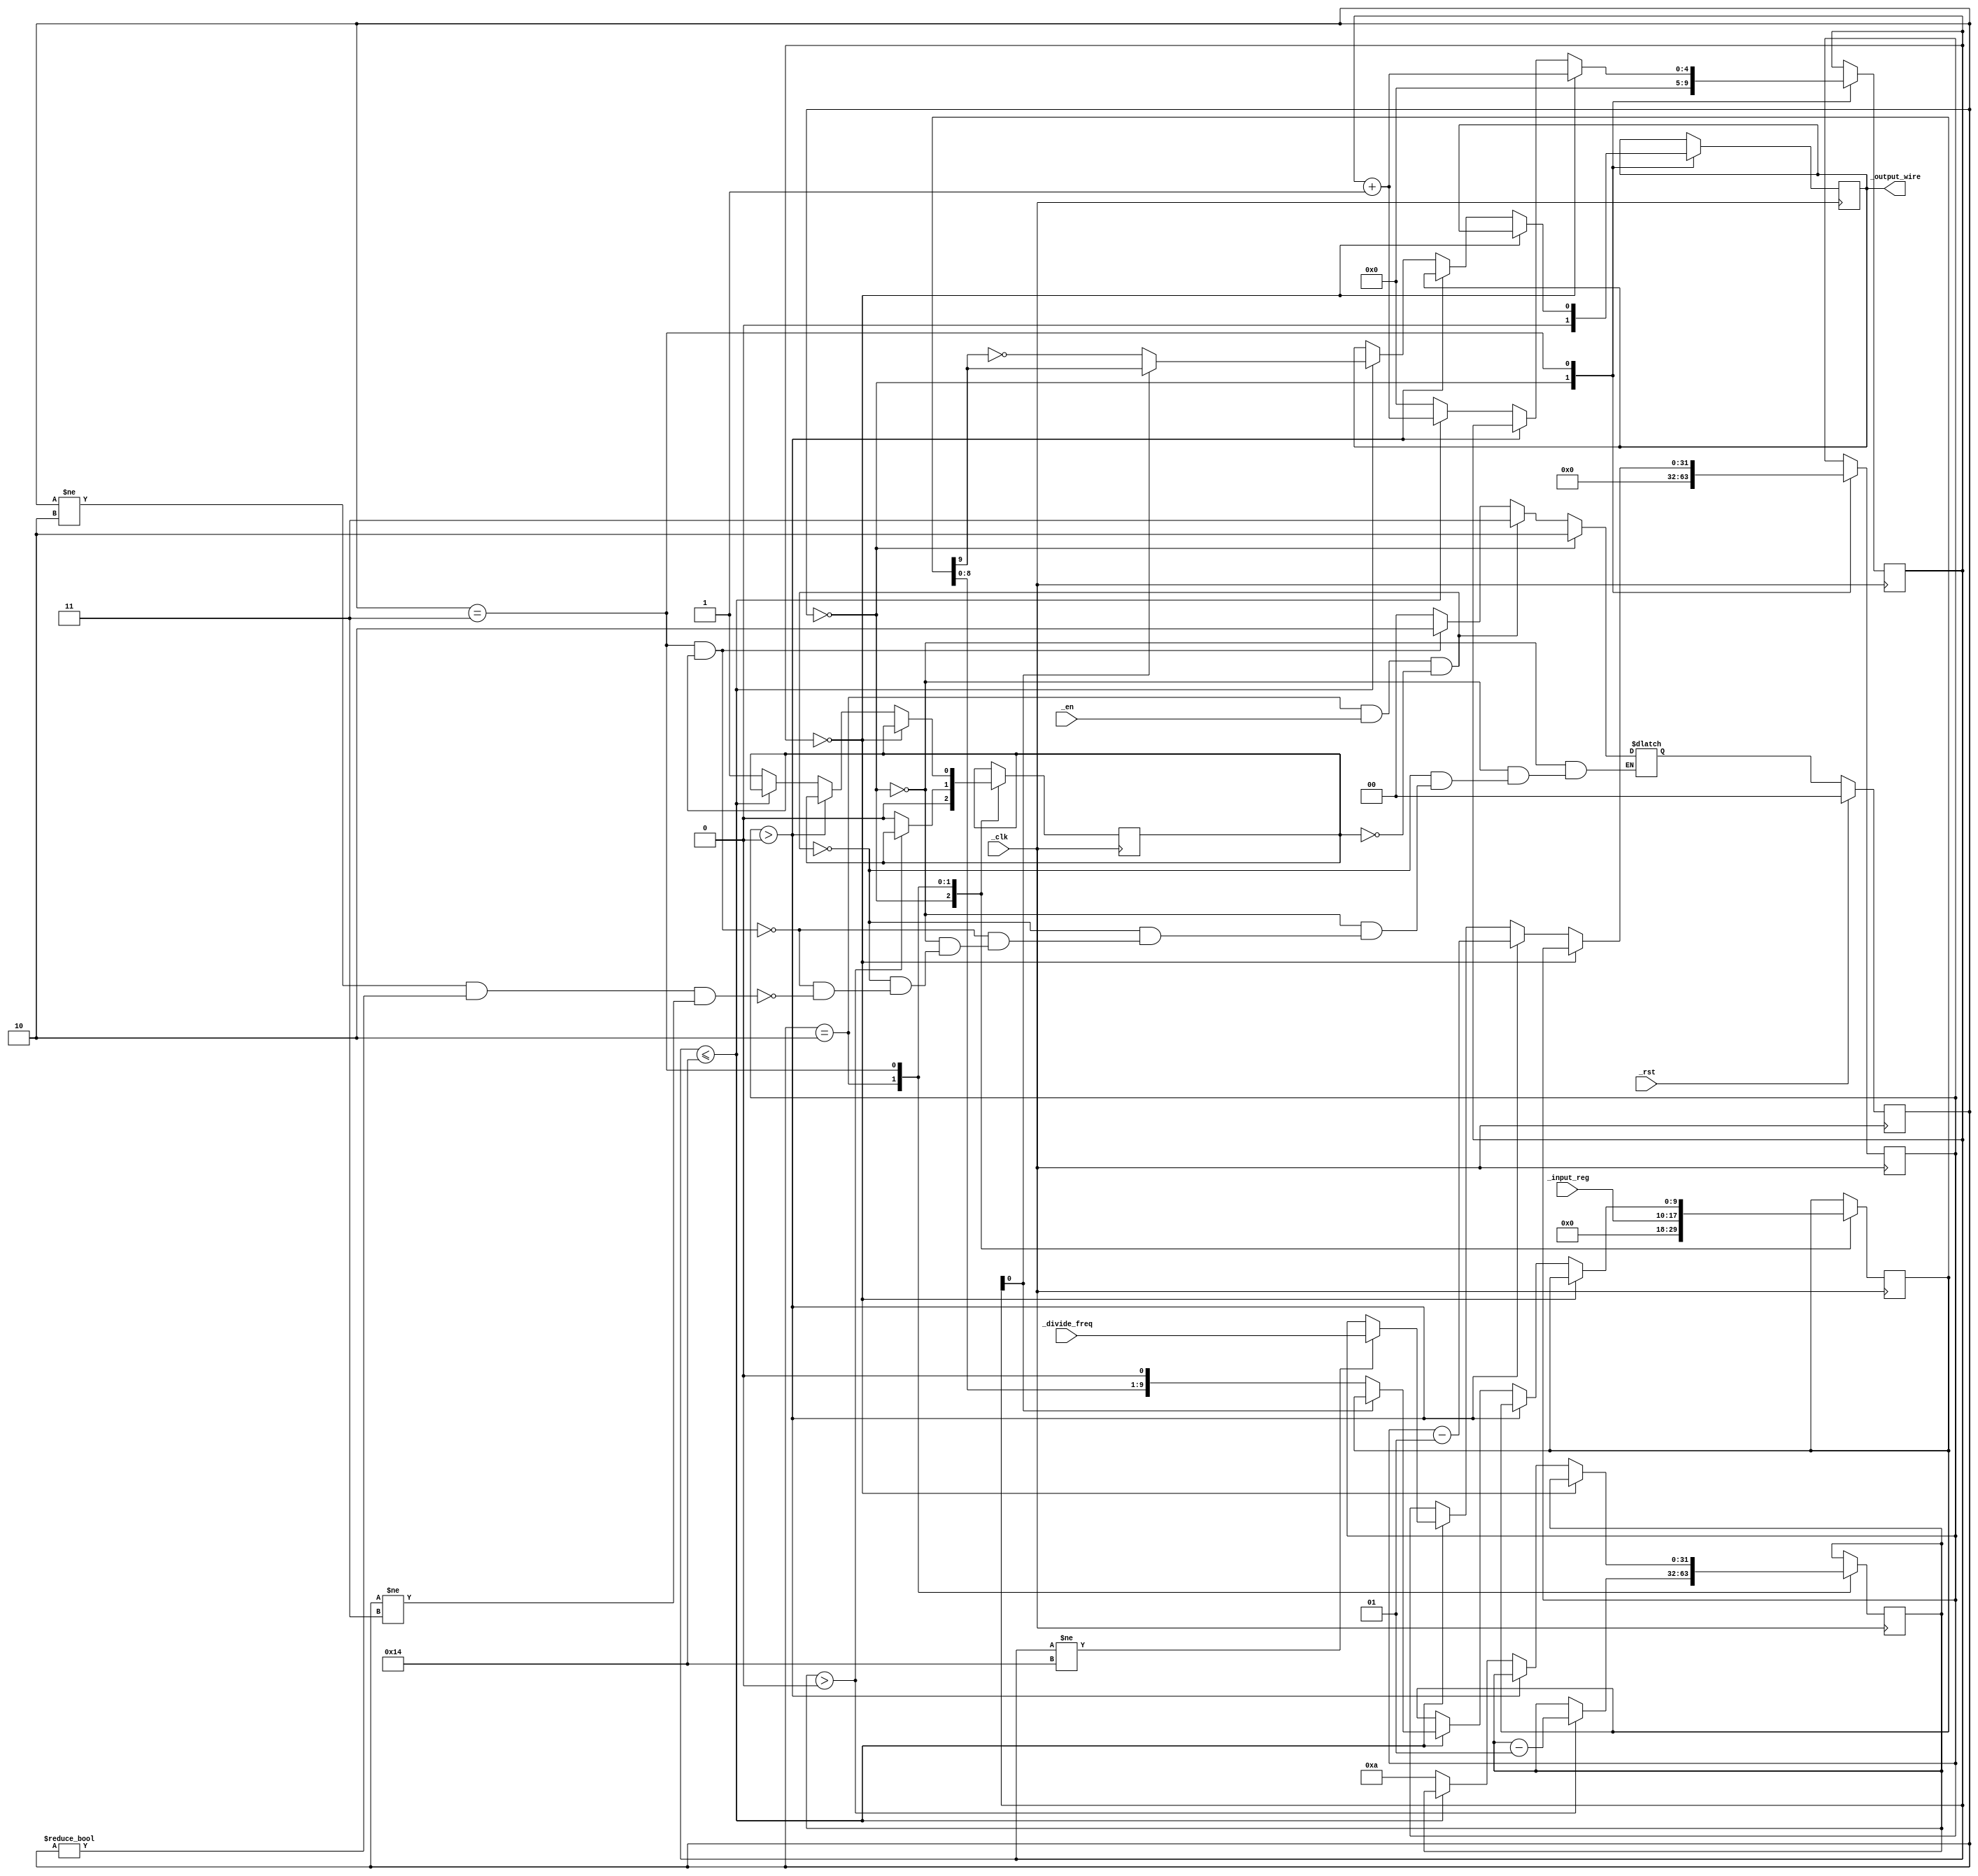
`define data_capacity 8
`define bit_length 10
`define divide_freq 6000000
`define eot_keep_time 10

`define IDLE 2'b10
`define RESET 2'b00
`define TRANSFER 2'b11

module Man_encoder(_input_reg, _output_wire, _clk, _en, _rst, _divide_freq);
  /*
   * Manchest Encoder
   *
   * Args:
   *  input_reg: the 8 bit register of input, MSB
   *  output_wire: output signal
   *               where 1 means: + -
   *                     0 means: - +
   *  clk: input clock signal, will be divided by "divide_freq" when transferring
   *  en(posedge, asynchronous): enable transferring
   *  rst(posedge, asynchronous): reset signal
   *
   */
  input[`data_capacity - 1:0] _input_reg;
  input[31:0] _divide_freq;
  input _clk, _en, _rst;
  output _output_wire;
  
  reg[1:0] _state;
  reg[1:0] _next_state;
  
  reg[4:0] _trans_cnt;
  reg _end_of_transfer;
  reg[`bit_length - 1:0] _latch_input;
  reg _latch_output;
  integer _divide_cnt;
  integer _eot_cnt;
  
  always @ (posedge _clk)
    begin
      if(_rst)
        _state <= `RESET;
      else
        _state <= _next_state;
    end
  
  // state
  always @ (_rst or _en or _end_of_transfer or _state)
    begin
      if(_state == `RESET)
        _next_state = `IDLE;
      else if(_state == `IDLE && _en && !_end_of_transfer)
        _next_state = `TRANSFER;
      else if(_state == `TRANSFER && _end_of_transfer)
        _next_state = `IDLE;
	  else if(_state != `IDLE && _state != `RESET && _state != `TRANSFER)
		_next_state = `RESET;
    end
  
  // clock
  always @ (posedge _clk)
    begin
	  case(_state)
		`RESET:
          begin
			_trans_cnt <= 0;
            _latch_input <= 0;
			_divide_cnt <= 0;
			_end_of_transfer <= 0;
			_latch_output <= 0;
		  end
		`IDLE:
		  begin
			if(_eot_cnt > 0)
              _eot_cnt <= _eot_cnt - 1;
            else
              _end_of_transfer <= 0;
			_latch_input <= {2'b00, _input_reg};
		  end
		`TRANSFER:
		  begin
			if(_trans_cnt == 0)
            // prepare data
              begin
                //_latch_input <= {2'b00, _input_reg};
                _trans_cnt <= _trans_cnt + 1;
              end
            else
              begin
                if(_divide_cnt > 0)
                  _divide_cnt <= _divide_cnt - 1;
                else if(_trans_cnt <= 2 * `bit_length)
                  begin
                    if(_trans_cnt != 2 * `bit_length)
                      _divide_cnt <= _divide_freq;
                    _trans_cnt <= _trans_cnt + 1;
                    // translate register to wire
                    if(_trans_cnt[0] == 1)
                      // prepare trigger
                      begin
                        _latch_output <= _latch_input[`bit_length - 1];
                      end
                    else
                      // trigger
                      begin
                        _latch_output <= ~_latch_input[`bit_length - 1];
                        _latch_input <= _latch_input << 1;
                      end
                  end
                else // end transfering
                  begin
                    _end_of_transfer <= 1;
                    _trans_cnt <= 0;
                    _eot_cnt <= `eot_keep_time;
                  end
              end
		  end
	  endcase
    end
  assign _output_wire = _latch_output;

endmodule

// undefine all defined params
`undef data_capacity
`undef bit_length
`undef divide_freq
`undef eot_keep_time

`undef IDLE
`undef RESET
`undef TRANSFER